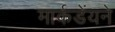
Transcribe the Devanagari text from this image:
मार्कडेंयने